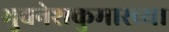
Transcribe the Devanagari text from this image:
भुवनेशकुमारच्या